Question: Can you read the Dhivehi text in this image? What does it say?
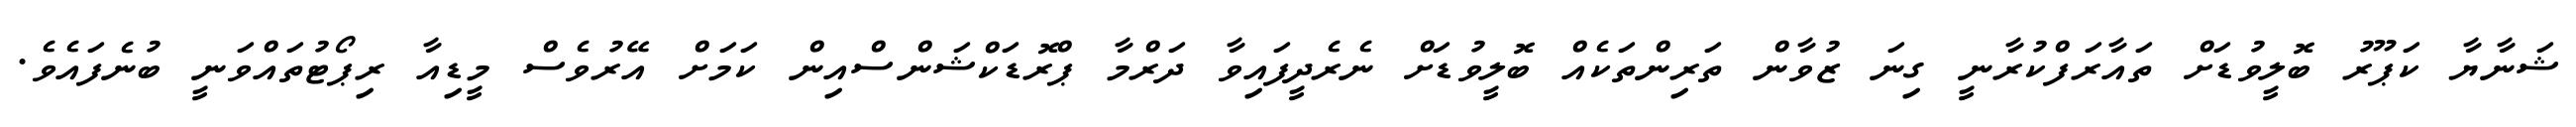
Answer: ޝަނާޔާ ކަޕޫރު ބޮލީވުޑަށް ތައާރަފްކުރާނީ ގިނަ ޒުވާން ތަރިންތަކެއް ބޮލީވުޑަށް ނެރެދީފައިވާ ދަރްމާ ޕްރޮޑަކްޝަންސްއިން ކަމަށް އޭރުވެސް މީޑިއާ ރިޕޯޓުތައްވަނީ ބުނެފައެވެ.